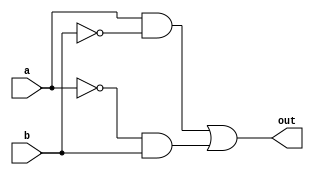
module xor_gate (
    input wire a,
    input wire b,
    output wire out
);

wire temp1, temp2;

assign temp1 = a & ~b;
assign temp2 = ~a & b;
assign out = temp1 | temp2;

endmodule